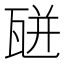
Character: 𤭅